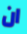
ان